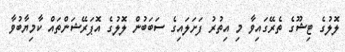
ލޮލުގެ ޓިޝޫގެ ތެރޭގައިވާ މި އިތުރު ފަށަލައިގެ ސަބަބުން ލޮލުގެ އޮޕަރޭޝަންތައް ކާމިޔާބުވާ